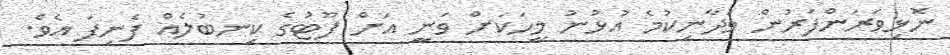
ނޮޅިވަރަންފަރުން ވަދާނިކުމެ އުޅުނު މީހަކަށް ވަނީ އަށް ފޫޓުގެ ކިނބުލެއް ފެނިފަ އެވެ.